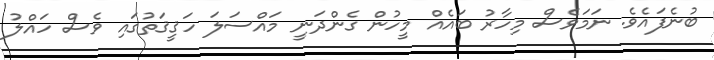
ބުނެފައެވެ. ނަމަވެސް މިހާރު ބައެއް މީހުން ގެންދަނީ މައްސަލަ ހަޤީޤަތުގައި ވެސް ހައްލު